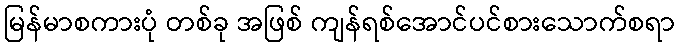
မြန်မာစကားပုံ တစ်ခု အဖြစ် ကျန်ရစ်အောင်ပင်စားသောက်စရာ